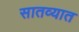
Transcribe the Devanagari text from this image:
सातव्यात